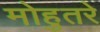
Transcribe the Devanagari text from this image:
मोहुतरे